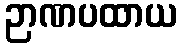
ဉာဏပထာယ